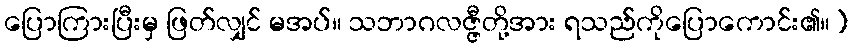
ပြောကြားပြီးမှ ဖြတ်လျှင် မအပ်။ သဘာဂလဇ္ဇီတို့အား ရသည်ကိုပြောကောင်း၏။)